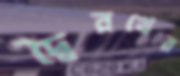
দ্বৈরথের